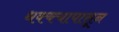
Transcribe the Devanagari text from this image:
धक्क्यापासून